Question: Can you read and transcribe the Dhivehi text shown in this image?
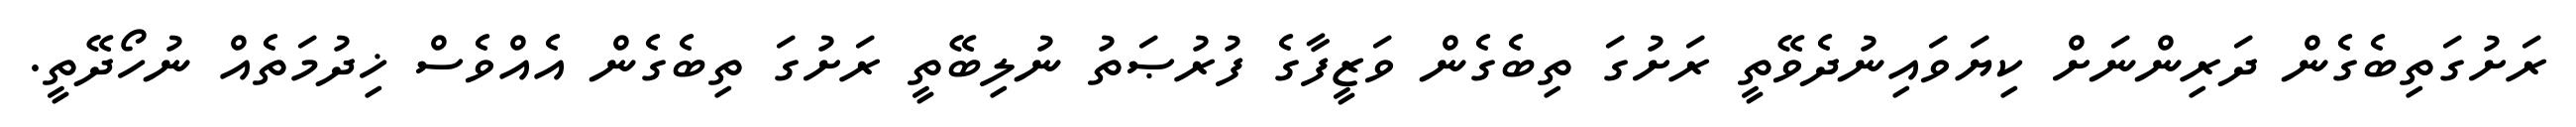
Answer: ރަށުގަތިބެގެން ދަރިންނަށް ކިޔަވައިނުދެވޭތީ ރަށުގަ ތިބެގެން ވަޒީފާގެ ފުރުޞަތު ނުލިބޭތީ ރަށުގަ ތިބެގެން އެއްވެސް ޚިދުމަތެއް ނުހޯދޭތީ.